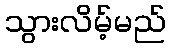
သွားလိမ့်မည်